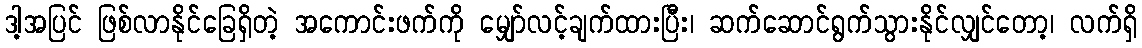
ဒါ့အပြင် ဖြစ်လာနိုင်ခြေရှိတဲ့ အကောင်းဖက်ကို မျှော်လင့်ချက်ထားပြီး၊ ဆက်ဆောင်ရွက်သွားနိုင်လျှင်တော့၊ လက်ရှိ